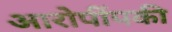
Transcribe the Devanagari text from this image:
आरोपींपकी